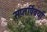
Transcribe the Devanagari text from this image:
सप्तर्षिवर्या